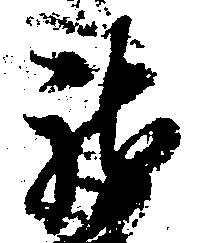
龍